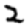
Digit: 2